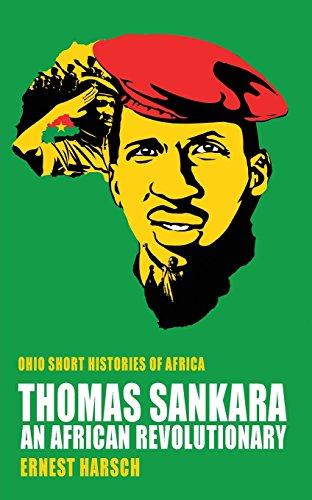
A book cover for Thomas Sankara: An African Revolutionary (Ohio Short Histories of Africa); Ernest Harsch; Biographies & Memoirs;